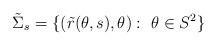
LaTeX: \begin{align*} \tilde{\Sigma}_s=\{ (\tilde{r}(\theta, s ),\theta):\ \theta\in S^{2} \} \end{align*}